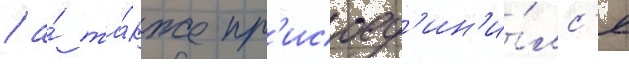
/ а́ та́кже пр'исоед'ин'и́лс'я